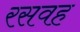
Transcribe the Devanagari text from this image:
रसवह